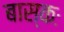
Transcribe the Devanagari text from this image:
बास्कः